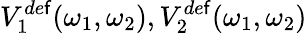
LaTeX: V_{1}^{de\mathsf{f}}(\omega_{1},\omega_{2}),V_{2}^{de\mathsf{f}}(\omega_{1},\omega_{2})